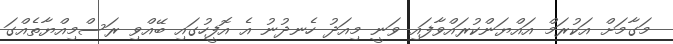
މަގާމަށް އަކުރަމް އައްޔަންކުރައްވާފައި ވަނީ މިއަދު ހެނދުނު އެ އޮފީހުގައި ބޭއްވި ރަސްމިއްޔާތެއްގަ